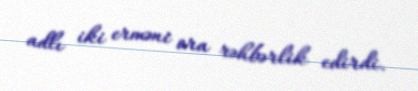
adlı iki erməni ora rəhbərlik edirdi.